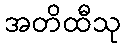
အတိထီသု